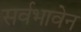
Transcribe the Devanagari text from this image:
सर्वभावेन